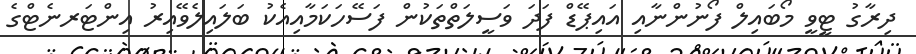
ދިރާގު ޓީވީ މޯބައިލް ފޯނުންނާއި އައިޕޭޑް ފަދަ ވަސީލަތްތަކުން ފަސޭހަކަމާއިއެކު ބަލައިލެވޭއިރު އިންޓަރނެޓްގެ